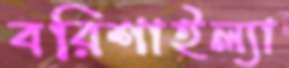
বরিশাইল্যা